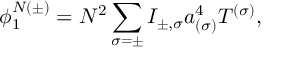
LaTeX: \phi _ { 1 } ^ { N ( \pm ) } = N ^ { 2 } \sum _ { \sigma = \pm } I _ { \pm , \sigma } a _ { ( \sigma ) } ^ { 4 } T ^ { ( \sigma ) } ,